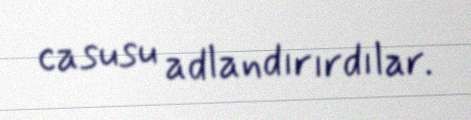
casusu adlandırırdılar.